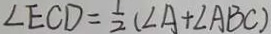
\angle E C D = \frac { 1 } { 2 } ( \angle A + \angle A B C )